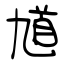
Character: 馗